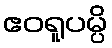
ဧဝရူပမ္ပိ